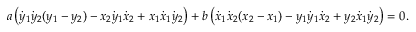
a \left( { \dot { y } } _ { 1 } { \dot { y } } _ { 2 } ( y _ { 1 } - y _ { 2 } ) - x _ { 2 } { \dot { y } } _ { 1 } { \dot { x } } _ { 2 } + x _ { 1 } { \dot { x } } _ { 1 } { \dot { y } } _ { 2 } \right) + b \left( { \dot { x } } _ { 1 } { \dot { x } } _ { 2 } ( x _ { 2 } - x _ { 1 } ) - y _ { 1 } { \dot { y } } _ { 1 } { \dot { x } } _ { 2 } + y _ { 2 } { \dot { x } } _ { 1 } { \dot { y } } _ { 2 } \right) = 0 .